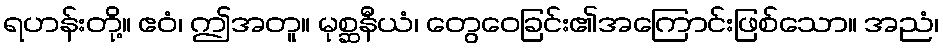
ရဟန်းတို့။ ဧဝံ၊ ဤအတူ။ မုစ္ဆနီယံ၊ တွေဝေခြင်း၏အကြောင်းဖြစ်သော။ အညံ၊